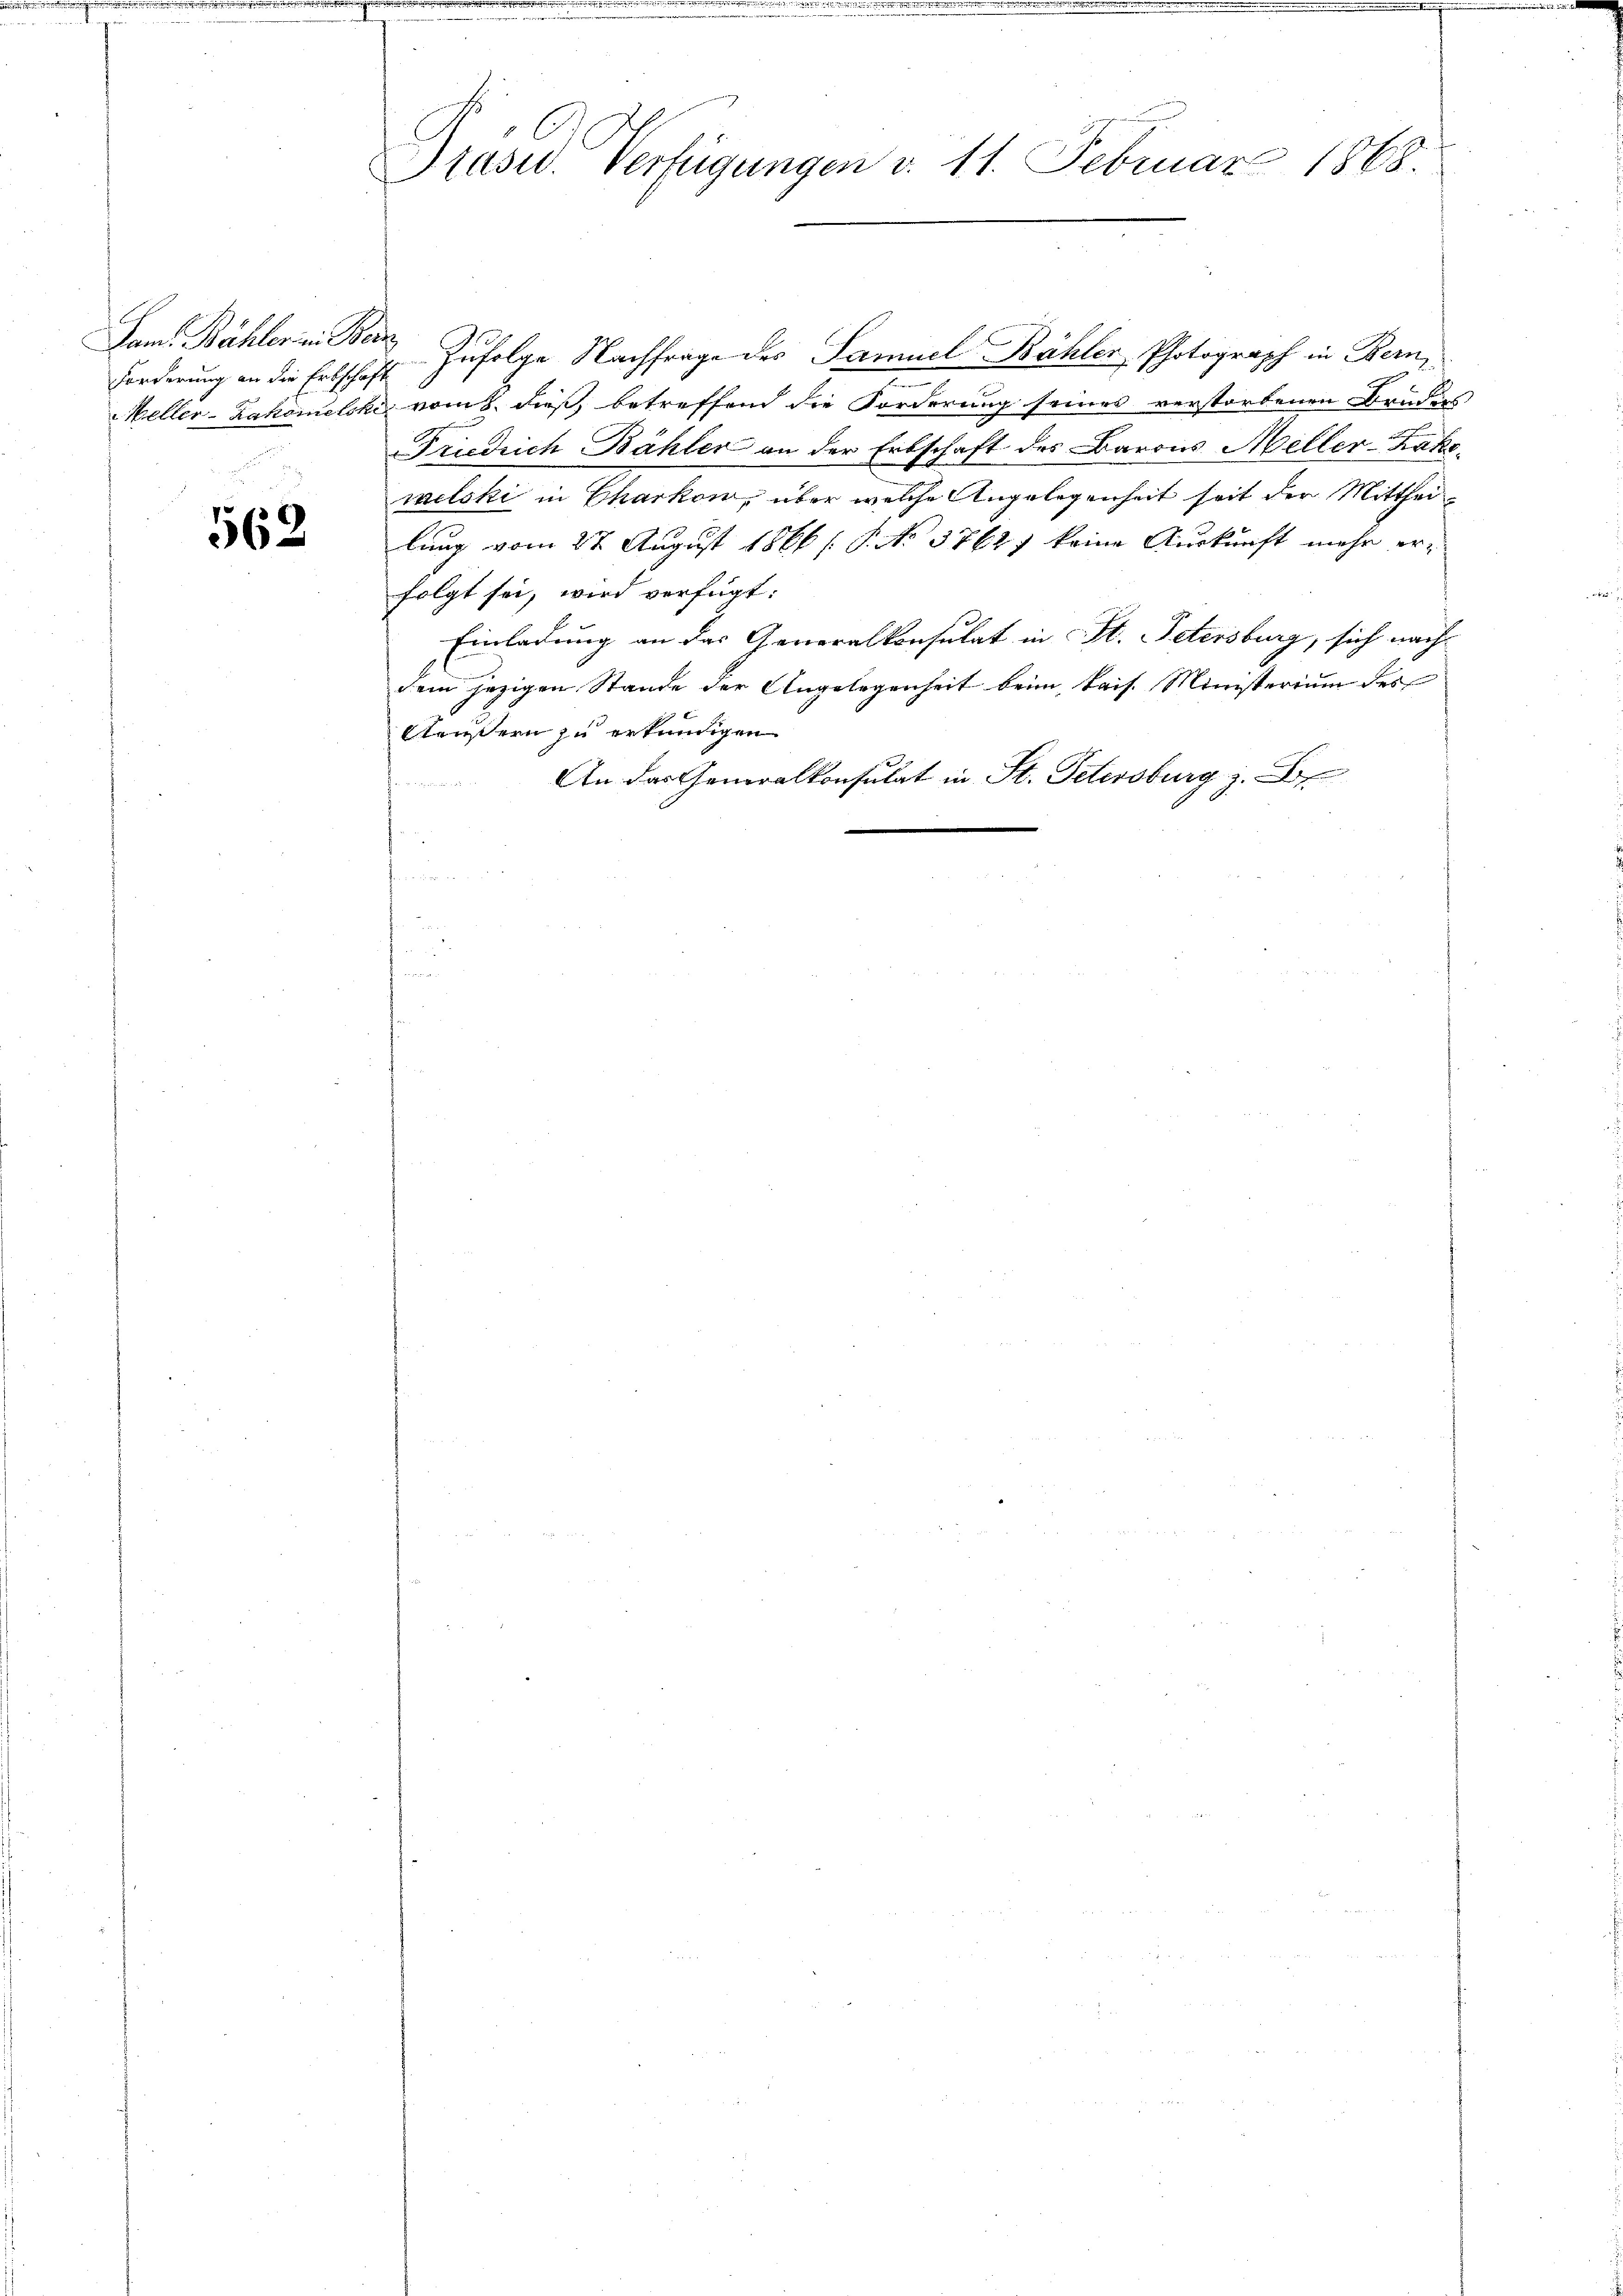
n

Lam. Bähler in Ber
Forderung an die Erbschaft

562

Präses Verfügungen v. 11. Februar 1865.

Zufolge Nachfrage des Samuel Bähler, Photograph in Bern,
2
Meller-Zakomelski vom 8. dieß, betreffend die Forderung seines verstorbenen Bruders
Friedrich Bähler an der Erbschaft des Barons Meller-Zakemelcki in Charkon, über welche Angelegenheit seit der Mittheilung vom 27 August 1866 / P. No 3762) keine Auskunft mehr erfolgt sei, wird verfügt:
Einladung an das Generalkonsulat in St. Petersburg, sich nach
dem jezigen Stande der Angelegenheit beim kais. Ministerium des
Aeußern zu erkundigen
An das Generalkonsulat in St. Petersburg z. B.

.